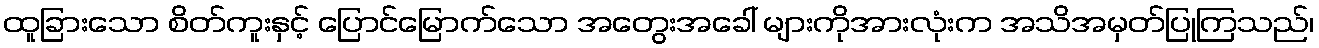
ထူခြားသော စိတ်ကူးနှင့် ပြောင်မြောက်သော အတွေးအခေါ် များကိုအားလုံးက အသိအမှတ်ပြုကြသည်၊